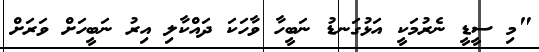
"މި ސީޑީ ނެރުމަކީ އަޅުގަނޑު ނަބީހާ ވާހަކަ ދައްކާލި އިރު ނަބީހަށް ވަރަށް